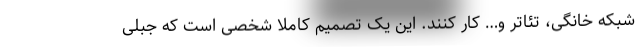
شبکه خانگی، تئاتر و… کار کنند. این یک تصمیم کاملاً شخصی است که جبلی